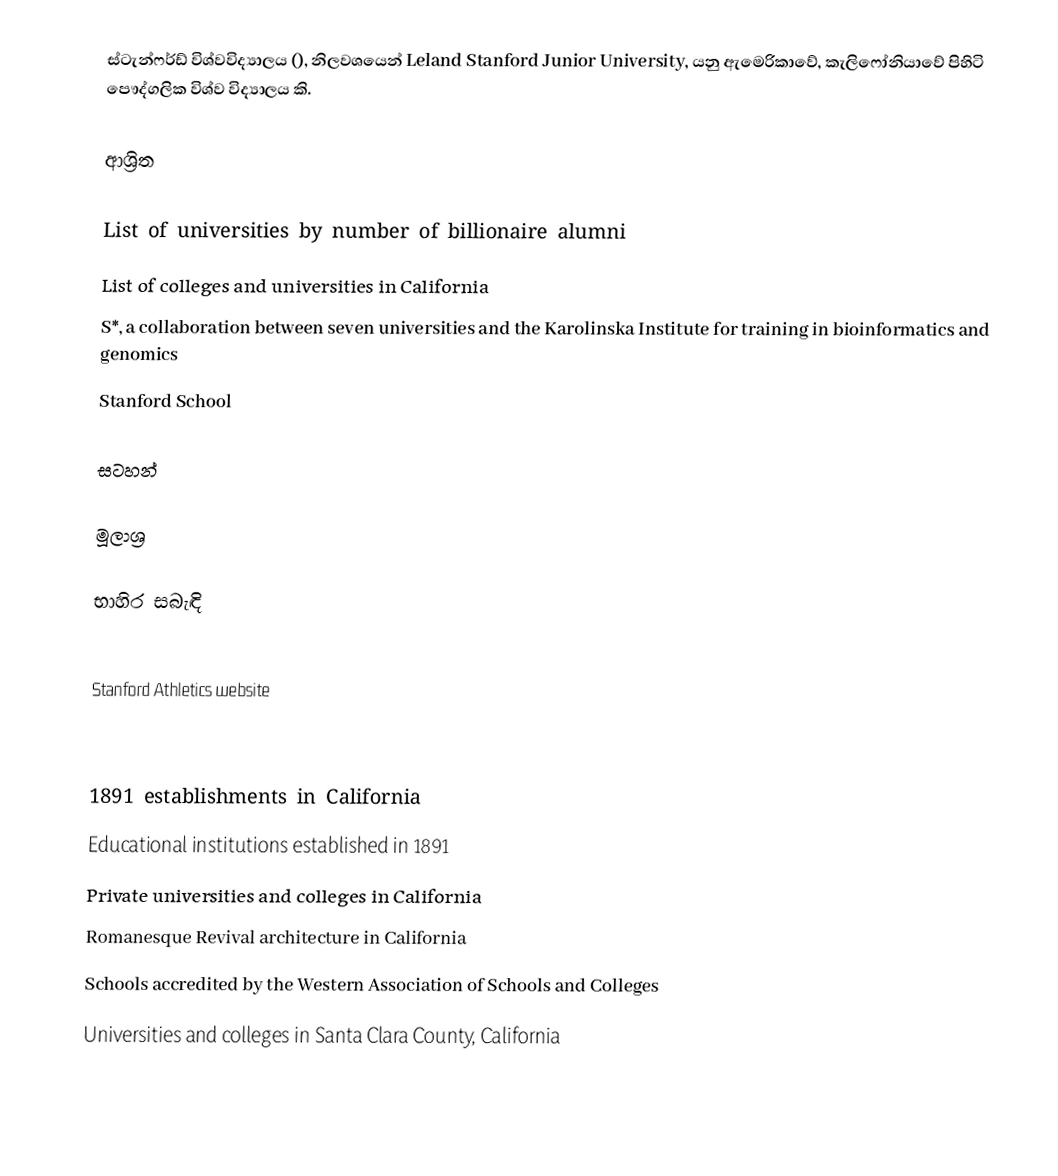
ස්ටැන්ෆර්ඩ් විශ්වවිද්‍යාලය (), නිලවශයෙන් Leland Stanford Junior University, යනු ඇමෙරිකාවේ, කැලිෆෝනියාවේ පිහිටි පෞද්ගලික විශ්ව විද්‍යාලය කි.

ආශ්‍රිත

 List of universities by number of billionaire alumni
 List of colleges and universities in California
 S*, a collaboration between seven universities and the Karolinska Institute for training in bioinformatics and genomics
 Stanford School

සටහන්

මූලාශ්‍ර

භාහිර සබැඳි

 Stanford Athletics website

1891 establishments in California
Educational institutions established in 1891
Private universities and colleges in California
Romanesque Revival architecture in California
Schools accredited by the Western Association of Schools and Colleges
Universities and colleges in Santa Clara County, California